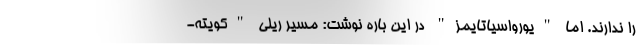
را ندارند. اما "یورواسیا‌تایمز" در این باره نوشت: مسیر ریلی "کویته-